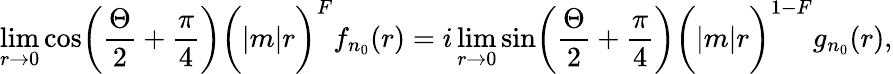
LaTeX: \operatorname*{lim}_{r\to 0}\cos\biggl({\frac{\Theta}{2}}+{\frac{\pi}{4}}\biggr)\biggl(|m|r\biggr)^{F}f_{n_{0}}(r)=i\operatorname*{lim}_{r\to 0}\sin\biggl({\frac{\Theta}{2}}+{\frac{\pi}{4}}\biggr)\biggl(|m|r\biggr)^{1-F}g_{n_{0}}(r),